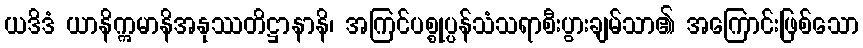
ယဒိဒံ ယာနိဣမာနိအနုဿတိဋ္ဌာနာနိ၊ အကြင်ပစ္စုပ္ပန်သံသရာစီးပွားချမ်သာ၏ အကြောင်းဖြစ်သော